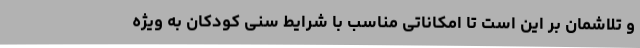
و تلاشمان بر این است تا امکاناتی مناسب با شرایط سنی کودکان به ویژه